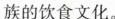
族的饮食文化。